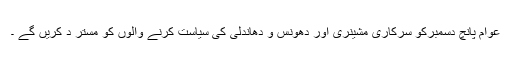
عوام پانچ دسمبرکو سرکاری مشینری اور دھونس و دھاندلی کی سیاست کرنے والوں کو مستر د کریں گے ۔